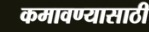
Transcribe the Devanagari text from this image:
कमावण्यासाठी